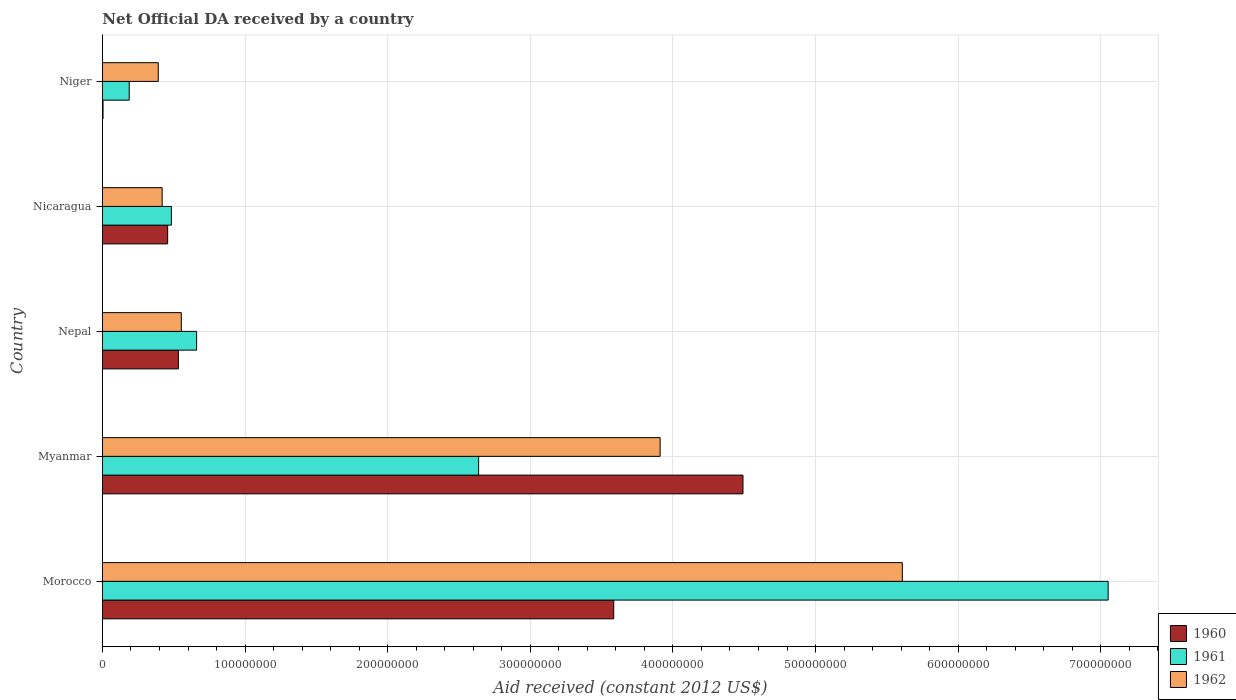
| Country | 1960 | 1961 | 1962 |
 | --- | --- | --- | --- |
 | Morocco | 3.58e+08 | 7.05e+08 | 5.61e+08 |
 | Myanmar | 4.49e+08 | 2.64e+08 | 3.91e+08 |
 | Nepal | 5.32e+07 | 6.6e+07 | 5.53e+07 |
 | Nicaragua | 4.57e+07 | 4.83e+07 | 4.18e+07 |
 | Niger | 4.1e+05 | 1.88e+07 | 3.91e+07 |